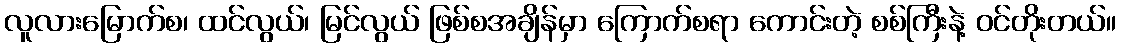
လူလားမြောက်စ၊ ထင်လွယ်၊ မြင်လွယ် ဖြစ်စအချိန်မှာ ကြောက်စရာ ကောင်းတဲ့ စစ်ကြီးနဲ့ ဝင်တိုးတယ်။